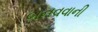
બનવવાની